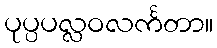
ပုပ္ပပလ္လဝလင်္ကတာ။